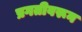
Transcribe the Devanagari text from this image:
प्रगतीवरून